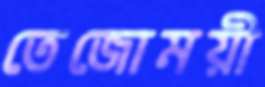
তেজোময়ী